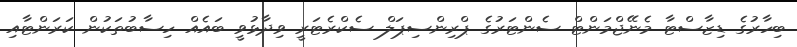
ބިހާރުގެ ޑިޒާސްޓާ މެނޭޖްމަންޓް ސެންޓަރުގެ ޕްރިންސިޕަލް ސެކްރެޓަރީ ވިދާޅުވީ ބައެއް ހިސާބުތަކުން ކަރަންޓާއި